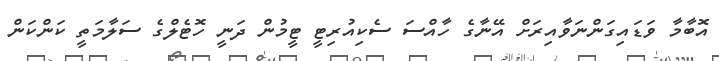
އޮބާމާ ވަޑައިގަންނަވާއިރަށް އޭނާގެ ހާއްސަ ސެކިއުރިޓީ ޓީމުން ދަނީ ހޮޓެލްގެ ސަލާމަތީ ކަންކަން